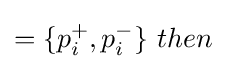
=\{p_{i}^{+},p_{i}^{-}\}{\text{  }}then